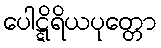
ပေါဋ္ဋိရိယပုတ္တော